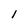
Character: l